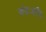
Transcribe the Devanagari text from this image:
अंतःशरीय